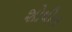
શોષીત